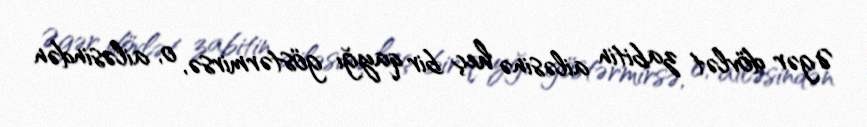
Əgər dövlət zabitin ailəsinə heç bir qayğı göstərmirsə, o, ailəsindən